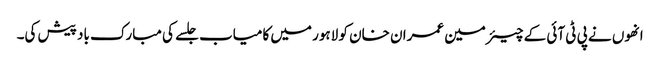
انھوں نے پی ٹی آئی کے چیئرمین عمران خان کو لاہور میں کامیاب جلسے کی مبارک باد پیش کی۔